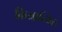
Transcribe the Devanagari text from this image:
क्रियान्यित